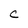
Character: c